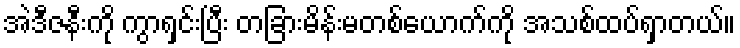
အဲဒီဇနီးကို ကွာရှင်းပြီး တခြားမိန်းမတစ်ယောက်ကို အသစ်ထပ်ရှာတယ်။